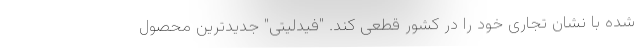
شده با نشان تجاری خود را در کشور قطعی کند. "فیدلیتی" جدیدترین محصول